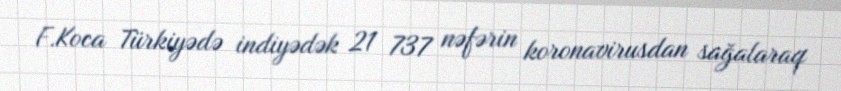
F.Koca Türkiyədə indiyədək 21 737 nəfərin koronavirusdan sağalaraq